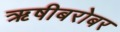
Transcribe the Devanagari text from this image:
ऋषीबरोबर